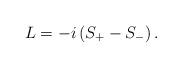
LaTeX: \begin{align*}L=-i\left(S_+-S_-\right).\end{align*}